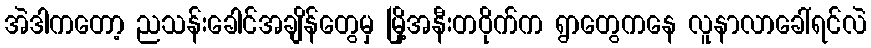
အဲဒါကတော့ ညသန်းခေါင်အချိန်တွေမှ မြို့အနီးတဝိုက်က ရွာတွေကနေ လူနာလာခေါ်ရင်လဲ